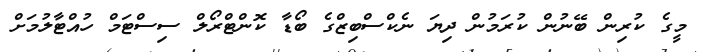
މީގެ ކުރިން ބޭނުން ކުރަމުން ދިޔަ ނެކްސްބިޒްގެ ބޯޑާ ކޮންޓްރޯލް ސިސްޓަމް ހުއްޓާލުމަށް